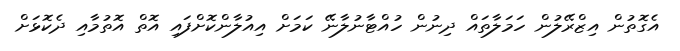
އެގޮތުން އިޒްރޭލުން ހަމަލާތައް ދިނުން ހުއްޓާނުލާނޭ ކަމަށް އިއުލާންކޮށްފައި އޮތް އޮތުމާއި ދެކޮޅަށް